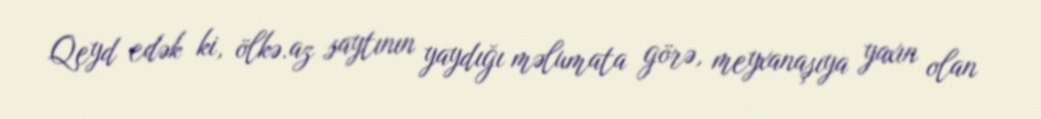
Qeyd edək ki, ölkə.az saytının yaydığı məlumata görə, meyxanaşıya yaxın olan